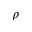
\rho